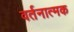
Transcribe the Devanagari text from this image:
वर्तनात्मक